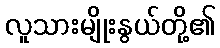
လူသားမျိုးနွယ်တို့၏